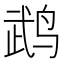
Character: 鹉